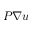
P \nabla u